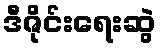
ဒီဇိုင်းရေးဆွဲ